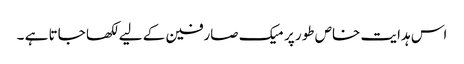
اس ہدایت خاص طور پر میک صارفین کے لیے لکھا جاتا ہے ۔